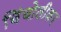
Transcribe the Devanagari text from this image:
चिंचोलीकर